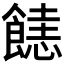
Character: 𩝤